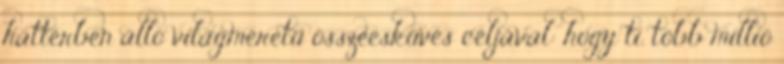
háttérben álló világméretű összeesküvés céljával: hogy ti. több millió